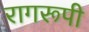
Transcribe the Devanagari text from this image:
रागरूपी